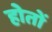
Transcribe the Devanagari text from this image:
होतों